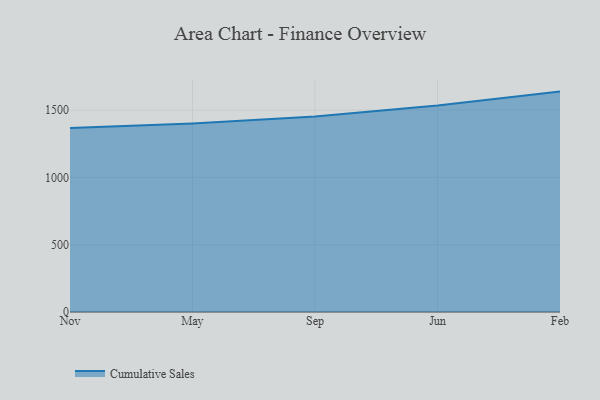
{"axis": {"x": "Month", "y": "Temperature (°C)"}, "legend": ["Cumulative Sales"], "data": [{"x": "Nov", "y": 1366.6, "type": "Cumulative Sales"}, {"x": "May", "y": 1400.5, "type": "Cumulative Sales"}, {"x": "Sep", "y": 1451.9, "type": "Cumulative Sales"}, {"x": "Jun", "y": 1534.0, "type": "Cumulative Sales"}, {"x": "Feb", "y": 1637.3, "type": "Cumulative Sales"}]}